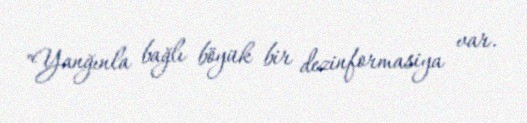
"Yanğınla bağlı böyük bir dezinformasiya var.